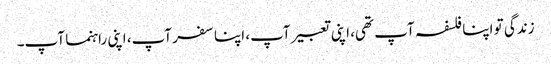
زندگی تو اپنا فلسفہ آپ تھی، اپنی تعبیر آپ، اپنا سفر آپ، اپنی راہنما آپ۔